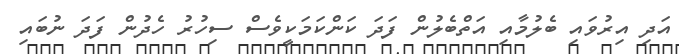
އަދި އިރުވައި ބެލުމާއި އަތްބެލުން ފަދަ ކަންކަމަކީވެސް ސިހުރު ހެދުން ފަދަ ނުބައި